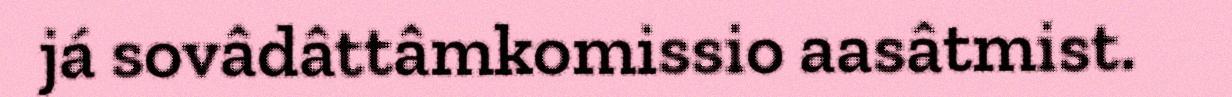
já sovâdâttâmkomissio aasâtmist.